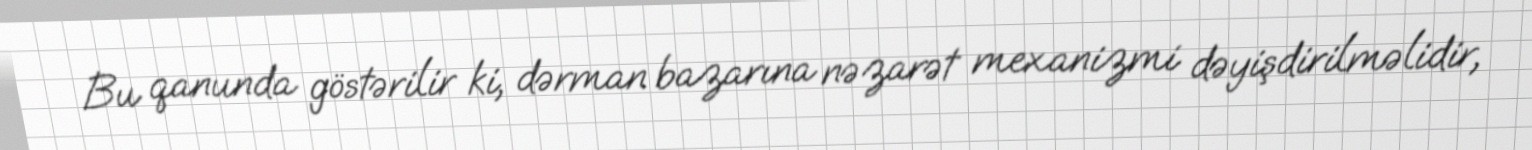
Bu qanunda göstərilir ki, dərman bazarına nəzarət mexanizmi dəyişdirilməlidir,